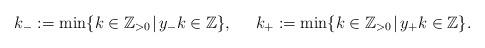
LaTeX: \begin{align*}k_-:= \min \{k \in {\mathbb{Z}}_{>0}\mkern1mu|\mkern3mu y_-k \in {\mathbb{Z}}\},\;\;\;\;\;k_+:= \min \{k \in {\mathbb{Z}}_{>0}\mkern1mu|\mkern3mu y_+k \in {\mathbb{Z}}\}.\end{align*}